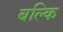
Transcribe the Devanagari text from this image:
बल्कि